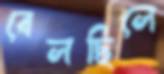
বেলছিলে